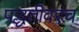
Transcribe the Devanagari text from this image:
पद्धतीवरच